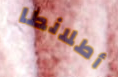
أطلانطا